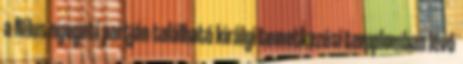
a Nílus nyugati partján található királyi temetkezési templomban lévő